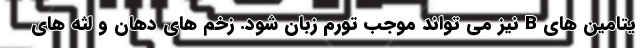
یتامین های B نیز می تواند موجب تورم زبان شود. زخم های دهان و لثه های